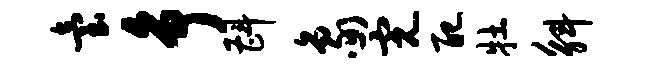
台争斟象完配牡斛